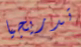
تدريجيا